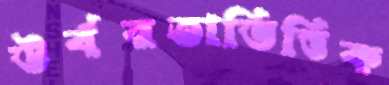
উর্বরতাভিত্তিক